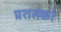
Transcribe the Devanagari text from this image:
प्रशसंको